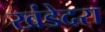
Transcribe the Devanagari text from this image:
खंडेदरा